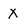
Character: x